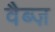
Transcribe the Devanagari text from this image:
वैब्ज़